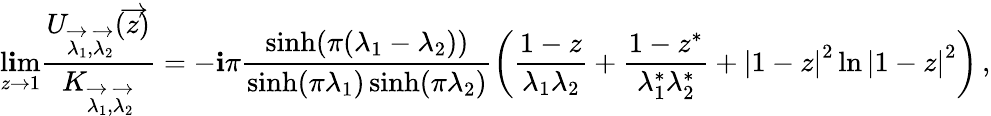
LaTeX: \operatorname*{l\mathbf{i}m}_{z\rightarrow1}{\frac{{U_{\overrightarrow{{\lambda_{1}}},\overrightarrow{{\lambda_{2}}}}(\overrightarrow{{z}})}}{{K_{\overrightarrow{{\lambda_{1}}},\overrightarrow{{\lambda_{2}}}}}}}=-\mathbf{i}\pi\frac{{\sinh(\pi(\lambda_{1}-\lambda_{2}))}}{{\sinh(\pi\lambda_{1})\sinh(\pi\lambda_{2})}}\left(\frac{{1-z}}{{\lambda_{1}\lambda_{2}}}+\frac{{1-z^{*}}}{{\lambda_{1}^{*}\lambda_{2}^{*}}}+\left|1-z\right|^{2}\ln\left|1-z\right|^{2}\right)\, ,